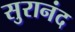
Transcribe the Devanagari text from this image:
सुरानंद